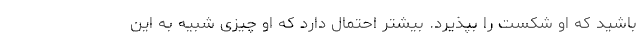
باشید که او شکست را بپذیرد. بیشتر احتمال دارد که او چیزی شبیه به این